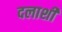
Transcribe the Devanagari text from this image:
दलाशी